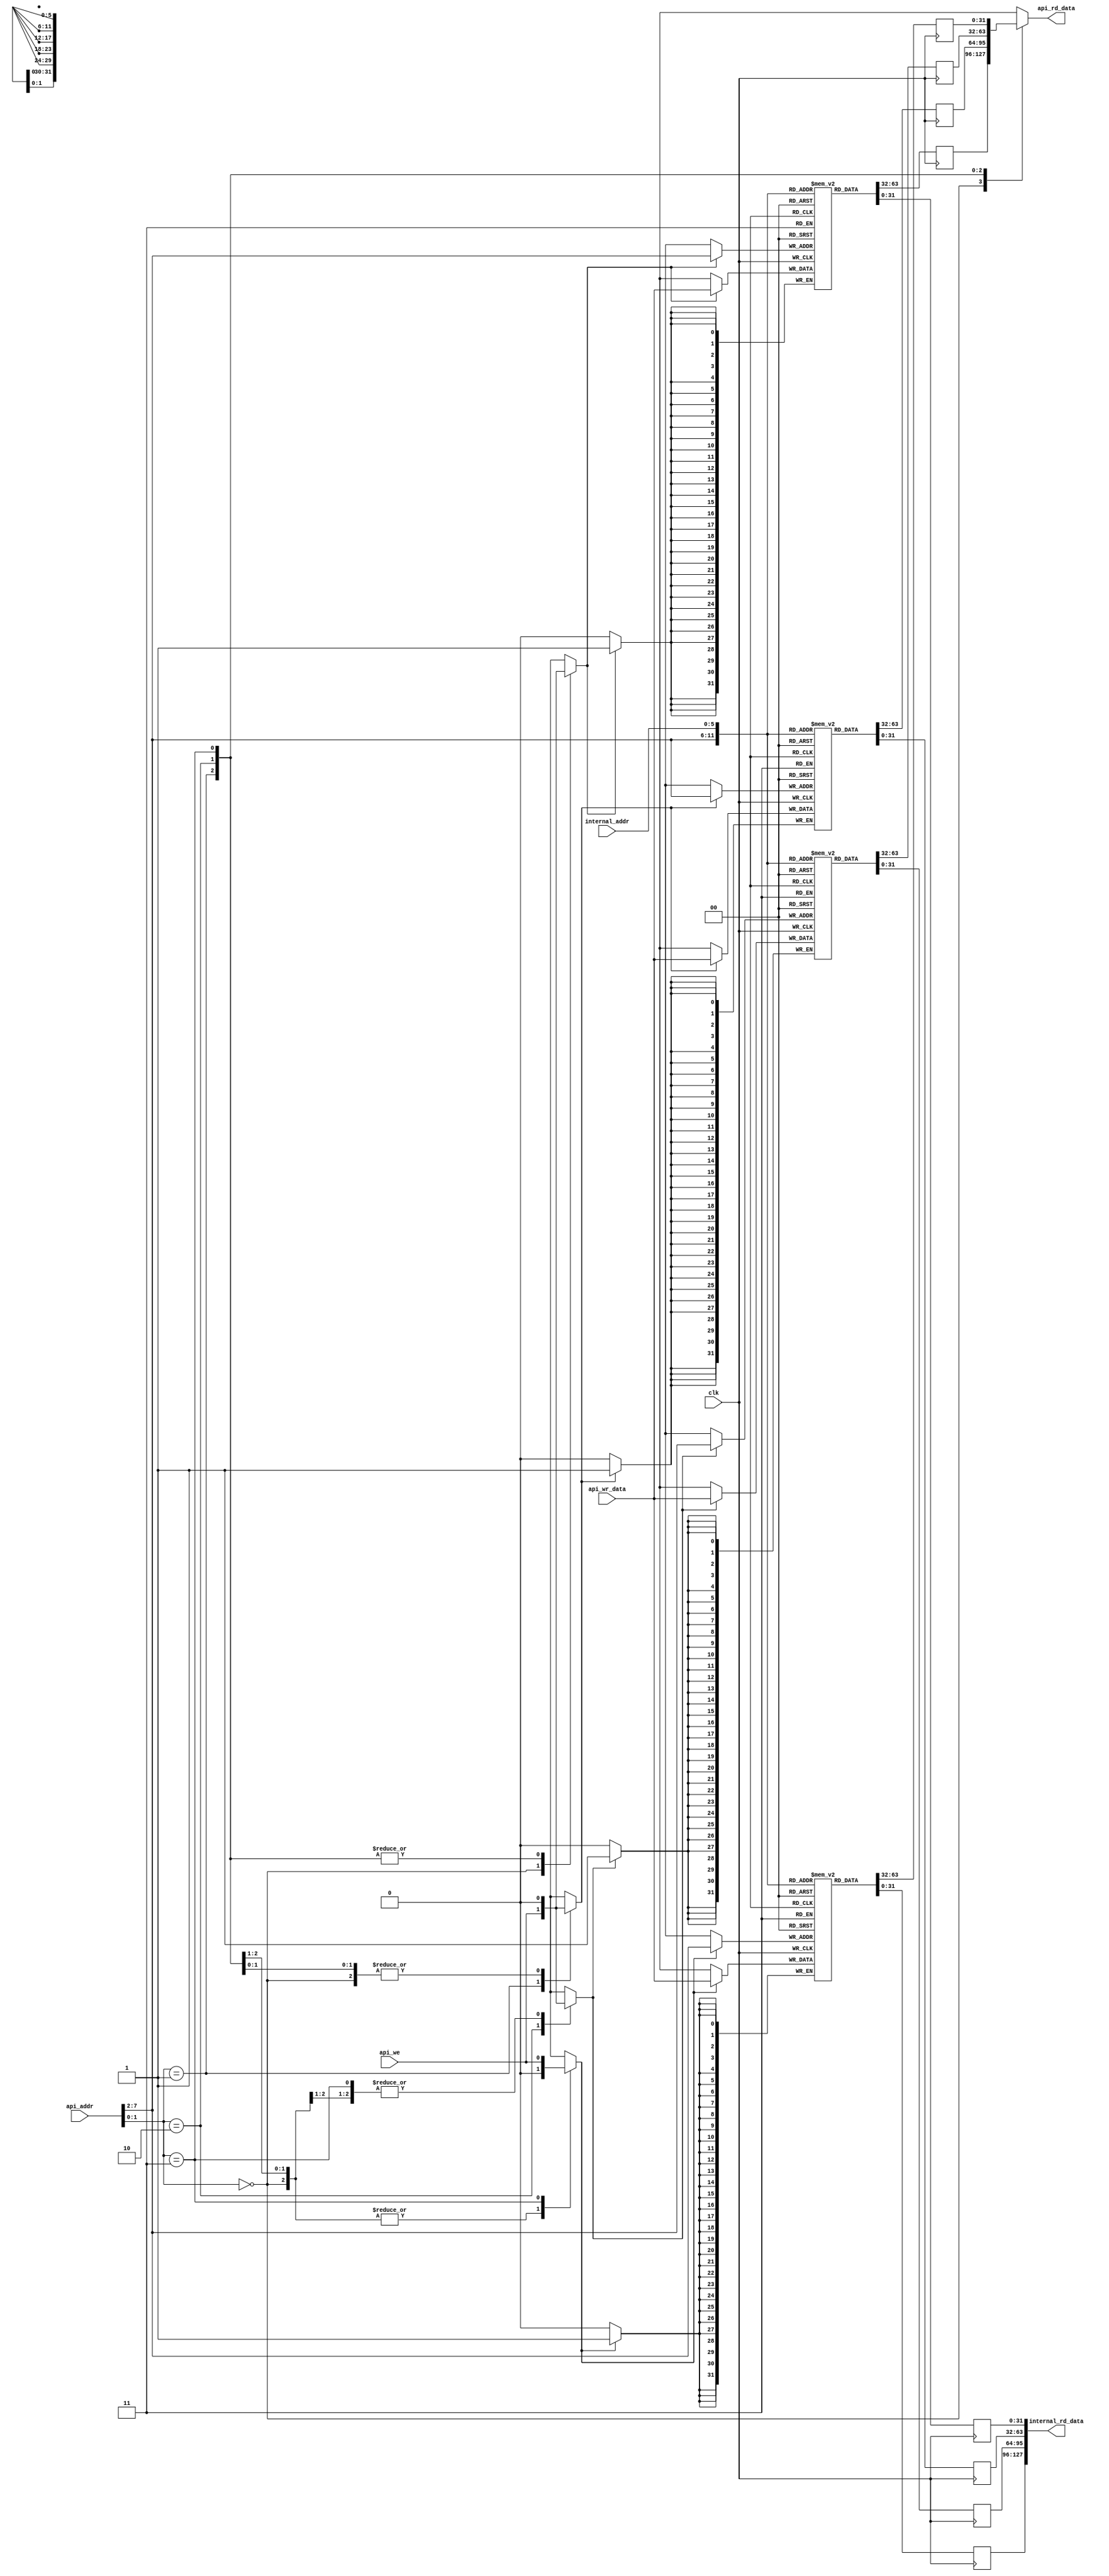
module blockmem_rw32_r128(
                          input wire            clk,

                          input wire            api_we,
                          input wire  [07 : 0]  api_addr,
                          input wire  [31 : 0]  api_wr_data,
                          output wire [31 : 0]  api_rd_data,

                          input wire  [05  : 0] internal_addr,
                          output wire [127 : 0] internal_rd_data
                         );


  //----------------------------------------------------------------
  // Regs and memories.
  //----------------------------------------------------------------
  reg [31 : 0] mem0 [0 : 63];
  reg [31 : 0] mem1 [0 : 63];
  reg [31 : 0] mem2 [0 : 63];
  reg [31 : 0] mem3 [0 : 63];


  //----------------------------------------------------------------
  // Wires.
  //----------------------------------------------------------------
  reg [31 : 0] muxed_api_rd_data;
  reg [31 : 0] mem0_api_rd_data;
  reg [31 : 0] mem1_api_rd_data;
  reg [31 : 0] mem2_api_rd_data;
  reg [31 : 0] mem3_api_rd_data;

  reg [31 : 0] mem0_int_rd_data;
  reg [31 : 0] mem1_int_rd_data;
  reg [31 : 0] mem2_int_rd_data;
  reg [31 : 0] mem3_int_rd_data;

  reg          mem0_we;
  reg          mem1_we;
  reg          mem2_we;
  reg          mem3_we;


  //----------------------------------------------------------------
  // Assignmets.
  //----------------------------------------------------------------
  assign api_rd_data      = muxed_api_rd_data;

  assign internal_rd_data = {mem3_int_rd_data, mem2_int_rd_data,
                             mem1_int_rd_data, mem0_int_rd_data};


  //----------------------------------------------------------------
  // Reg updates.
  //----------------------------------------------------------------
  always @ (posedge clk)
    begin : reg_update_mem0
      if (mem0_we)
        mem0[api_addr[7 : 2]] <= api_wr_data;

      mem0_api_rd_data <= mem0[api_addr[7 : 2]];
      mem0_int_rd_data <= mem0[internal_addr];
    end

  always @ (posedge clk)
    begin : reg_update_mem1
      if (mem1_we)
        mem1[api_addr[7 : 2]] <= api_wr_data;

      mem1_api_rd_data <= mem1[api_addr[7 : 2]];
      mem1_int_rd_data <= mem1[internal_addr];
    end

  always @ (posedge clk)
    begin : reg_update_mem2
      if (mem2_we)
        mem2[api_addr[7 : 2]] <= api_wr_data;

      mem2_api_rd_data <= mem2[api_addr[7 : 2]];
      mem2_int_rd_data <= mem2[internal_addr];
    end

  always @ (posedge clk)
    begin : reg_update_mem3
      if (mem3_we)
        mem3[api_addr[7 : 2]] <= api_wr_data;

      mem3_api_rd_data <= mem3[api_addr[7 : 2]];
      mem3_int_rd_data <= mem3[internal_addr];
    end

  //----------------------------------------------------------------
  // api_mux
  //----------------------------------------------------------------
  always @*
    begin : api_mux
      mem0_we = 1'b0;
      mem1_we = 1'b0;
      mem2_we = 1'b0;
      mem3_we = 1'b0;

      case (api_addr[1 : 0])
        0:
          begin
            muxed_api_rd_data = mem0_api_rd_data;
            mem0_we           = api_we;
          end

        1:
          begin
            muxed_api_rd_data = mem1_api_rd_data;
            mem1_we           = api_we;
          end

        2:
          begin
            muxed_api_rd_data = mem2_api_rd_data;
            mem2_we           = api_we;
          end

        3:
          begin
            muxed_api_rd_data = mem3_api_rd_data;
            mem3_we           = api_we;
          end

        default:
          begin
          end
      endcase // case (api_addr[1 : 0])
    end // api_mux

endmodule